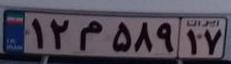
۱۲م۵۸۹۱۷